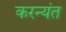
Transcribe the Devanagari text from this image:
करन्यंत